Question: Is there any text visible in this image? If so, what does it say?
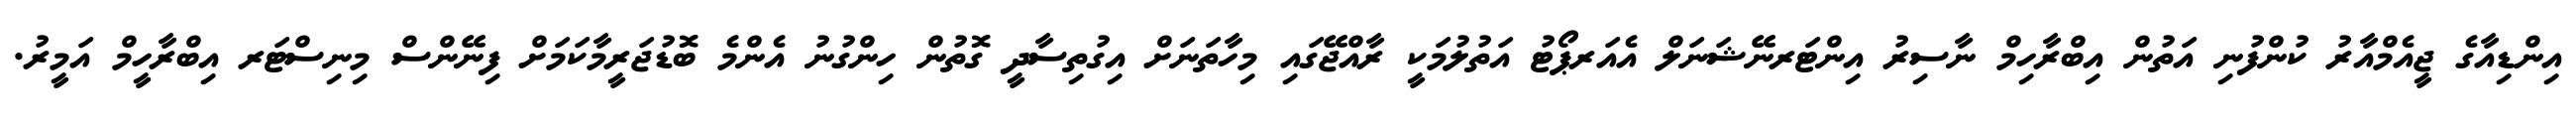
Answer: އިންޑިއާގެ ޖީއެމްއާރު ކުންފުނި އަތުން އިބްރާހިމް ނާސިރު އިންޓަރނޭޝަނަލް އެއަރޕޯޓު އަތުލުމަކީ ރާއްޖޭގައި މިހާތަނަށް އިގުތިސާދީ ގޮތުން ހިންގުނު އެންމެ ބޮޑުޖަރީމާކަމަށް ފިނޭންސް މިނިސްޓަރ އިބްރާހީމް އަމީރު.